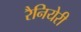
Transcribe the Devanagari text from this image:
रैनियेरी